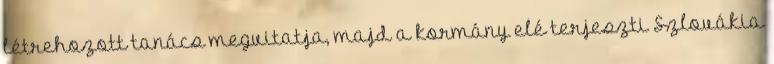
létrehozott tanács megvitatja, majd a kormány elé terjeszti Szlovákia